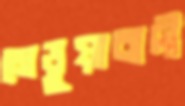
মেড়ুয়াবাদী